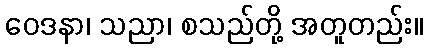
ဝေဒနာ၊ သညာ၊ စသည်တို့ အတူတည်း။